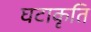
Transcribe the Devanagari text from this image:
घटाकृति